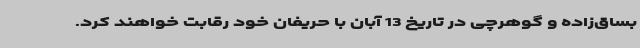
بساق‌زاده و گوهرچی در تاریخ 13 آبان با حریفان خود رقابت خواهند کرد.